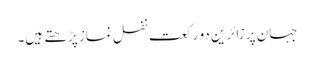
جہان پر زائرین دو رکعت نفل نماز پڑھتے ہیں۔